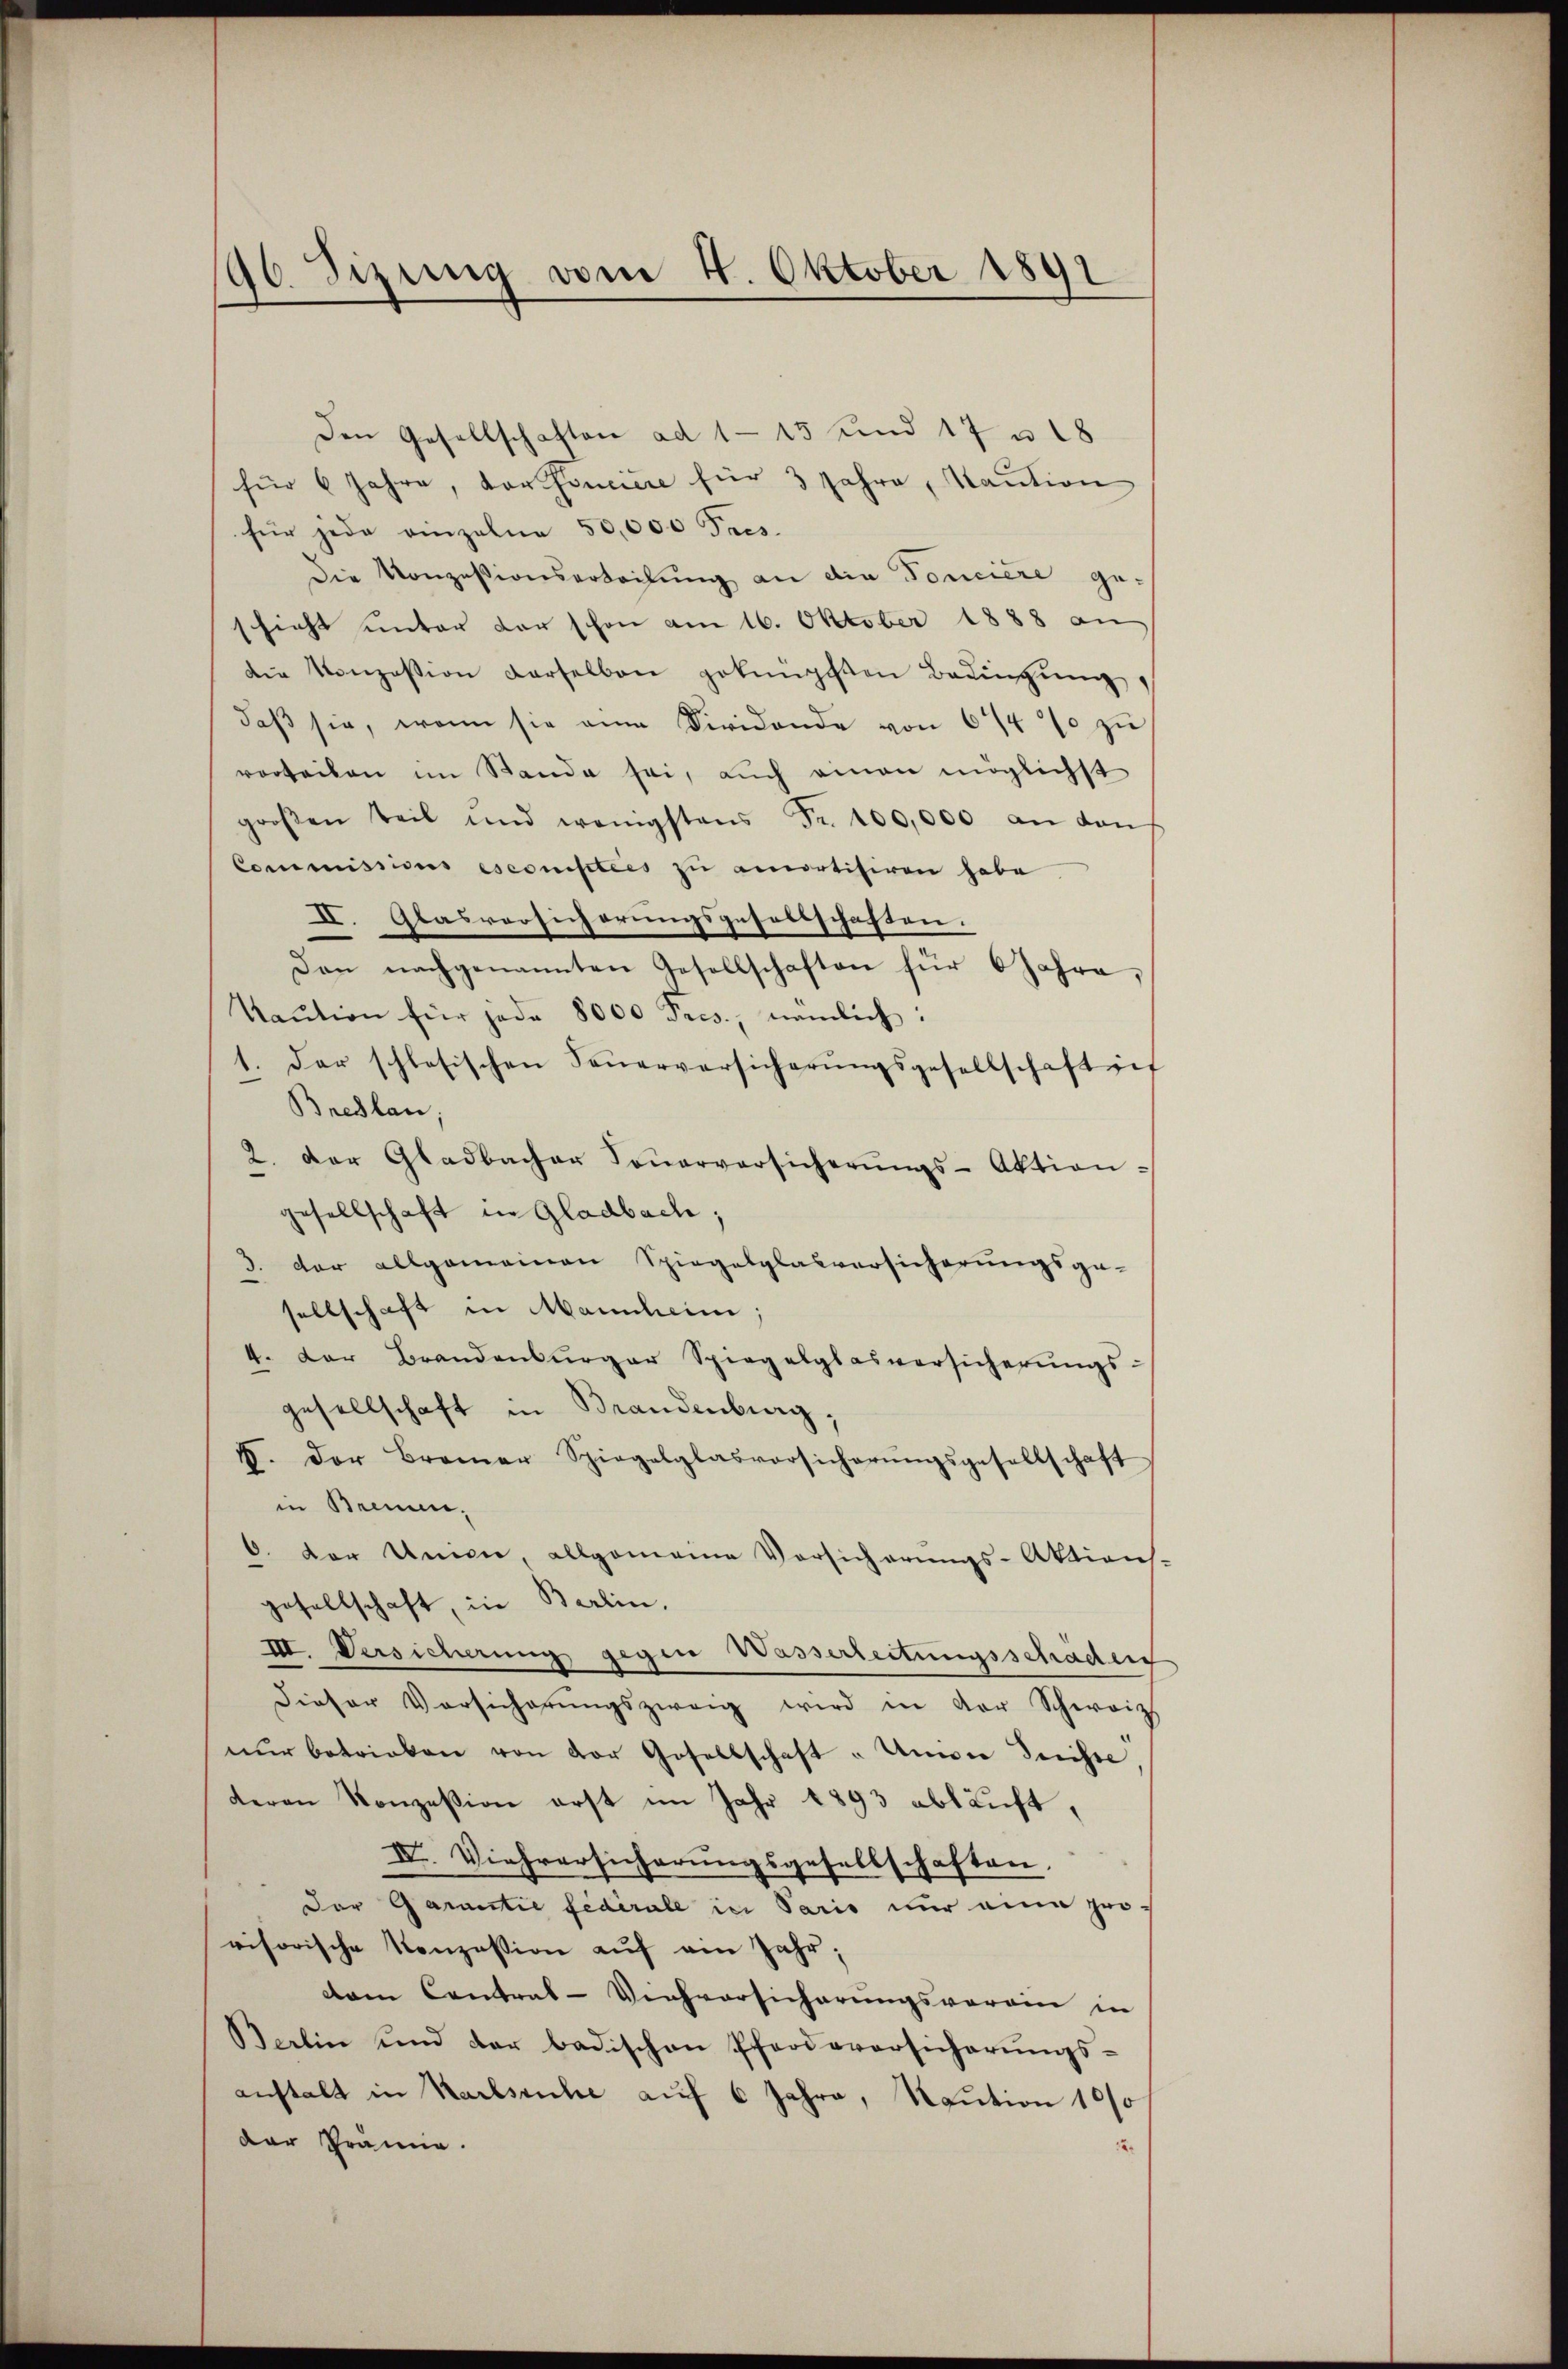
96. Sizung vom 4. Oktober 1891

Den Gesellschaften ad 1 - 15 und 17 u. 18
für 6 Jahre, vor Conciere für 3 Jahre, Saution
für jede einzelne 50,000 Fres.
Die Konzessionserteilŭng an die Toncière ge-
schieht unter der schon am 16. Oktober 1888 an
die Konzession derselben geknüpften Bedingŭng,
daβ sie, wenn sie ein Dividende von 644 % zu
vorteilen im Stande sei, auch einen möglichst
groβen Teil und wenigstens Fr. 100,000 an dans
Commissions esconisties zu amortisiren habe
II. Glasversicherungsgesellschaften.
Den nachgenannten Gesellschaften für 6 Jahre,
Kaŭtion für jede 8000 Pres, nämlich:
1. Der schlesischen Feŭerversicherŭngsgesellschaft inf
Breslau,
2. Der Gladbacher Soṅerversicherŭngs-Aktion
gesellschaft in Gladbach;
1. der allgemeinen Spiegelglasversicherungsge-
sellschaft in Mannheim;
4. Der Brandensurger Spiegelglasversicherungs-
gesellschaft in Brandenburg,
F. Der Bramer Spiegelglasvorsicherŭngsgesellschaft
in Brenun¬
6. Der Univer, allgemeine Versicherungs-Aktions-
gesellschaft, in Berlin.
III. Versicherung gegen Wasserleitungsschaden
dieser Vorsicherŭngszweig wird in der Schweiz
nŭr betrieben von der Gesellschaft "Umdie Geiste,
teren Konzession erst im Jahr 1893 abläuft,
IV. Viehversicherungsgesellschaften,
Der Garantie fédérale in Paris nur eine pro-
visorische Konzession aŭf am Jahr,
dam Contral-Viehversicherungsverein in
Berlin und der badischen Pferieversicherŭngs-
anstalt in Karlsruhe auf 6 Jahre, Naution 100
der Prämie.